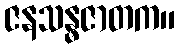
ဇနသန္ဓဇာတက။